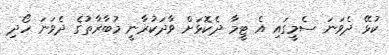
ކުޅޭ ދެވަނަ ސެމީގައި އެ ޓީމާ ދެކޮޅަށް ވާދަކުރާނީ މުބާރާތުގެ ދެވަނަ ހޯދި